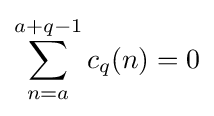
\sum _{n=a}^{a+q-1}c_{q}(n)=0